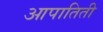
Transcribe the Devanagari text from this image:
आपातिती